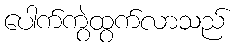
ပေါက်ကွဲထွက်လာသည်